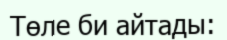
Төле би айтады: